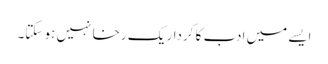
ایسے میں ادب کا کردار یک رخا نہیں ہو سکتا۔